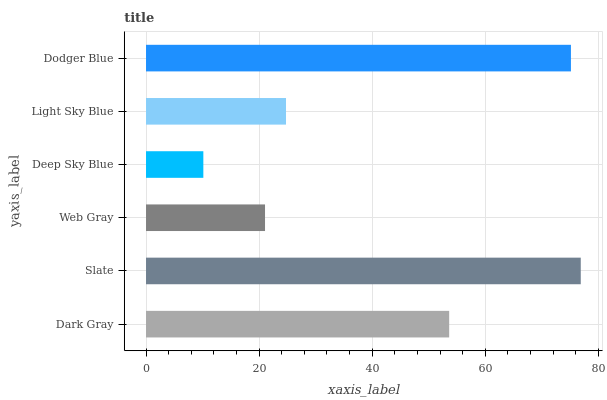
| yaxis_label | bars |
 | --- | --- |
 | Dark Gray | 53.6 |
 | Slate | 76.9 |
 | Web Gray | 21 |
 | Deep Sky Blue | 10.1 |
 | Light Sky Blue | 24.8 |
 | Dodger Blue | 75.1 |